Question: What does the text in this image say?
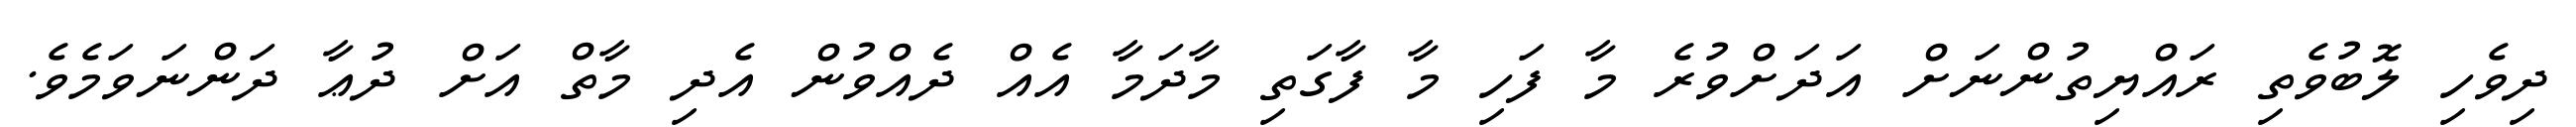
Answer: ދިވެހި ލޮބުވެތި ރައްޔިތުންނަށް އަދަށްވުރެ މާ ފަހި މާ ފާގަތި މާދަމާ އެއް ދެއްވުން އެދި މާތް އަށް ދުޢާ ދަންނަވަމެވެ.